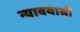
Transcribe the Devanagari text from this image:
न्यावयासी